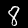
Label: 8